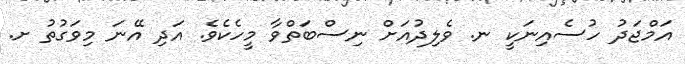
އަމްޖަދު ހުސެއިނަކީ ނ. ވެލިދުއަށް ނިސްބަތްވާ މީހެކެވެ. އަދި އޭނަ މިވަގުތު ށ.